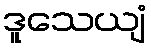
ဒူသေယျံ